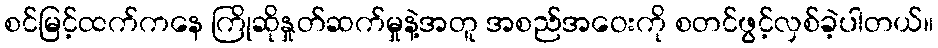
စင်မြင့်ထက်ကနေ ကြိုဆိုနှုတ်ဆက်မှုနဲ့အတူ အစည်အဝေးကို စတင်ဖွင့်လှစ်ခဲ့ပါတယ်။